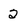
Character: 2